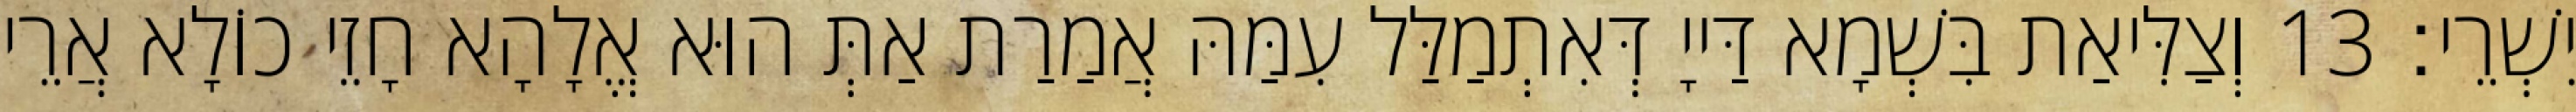
יִשְׁרֵי׃ 13 וְצַלִּיאַת בִּשְׁמָא דַּייָ דְּאִתְמַלַּל עִמַּהּ אֲמַרַת אַתְּ הוּא אֱלָהָא חָזֵי כוֹלָא אֲרֵי